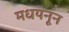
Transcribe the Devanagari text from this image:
मधयनून